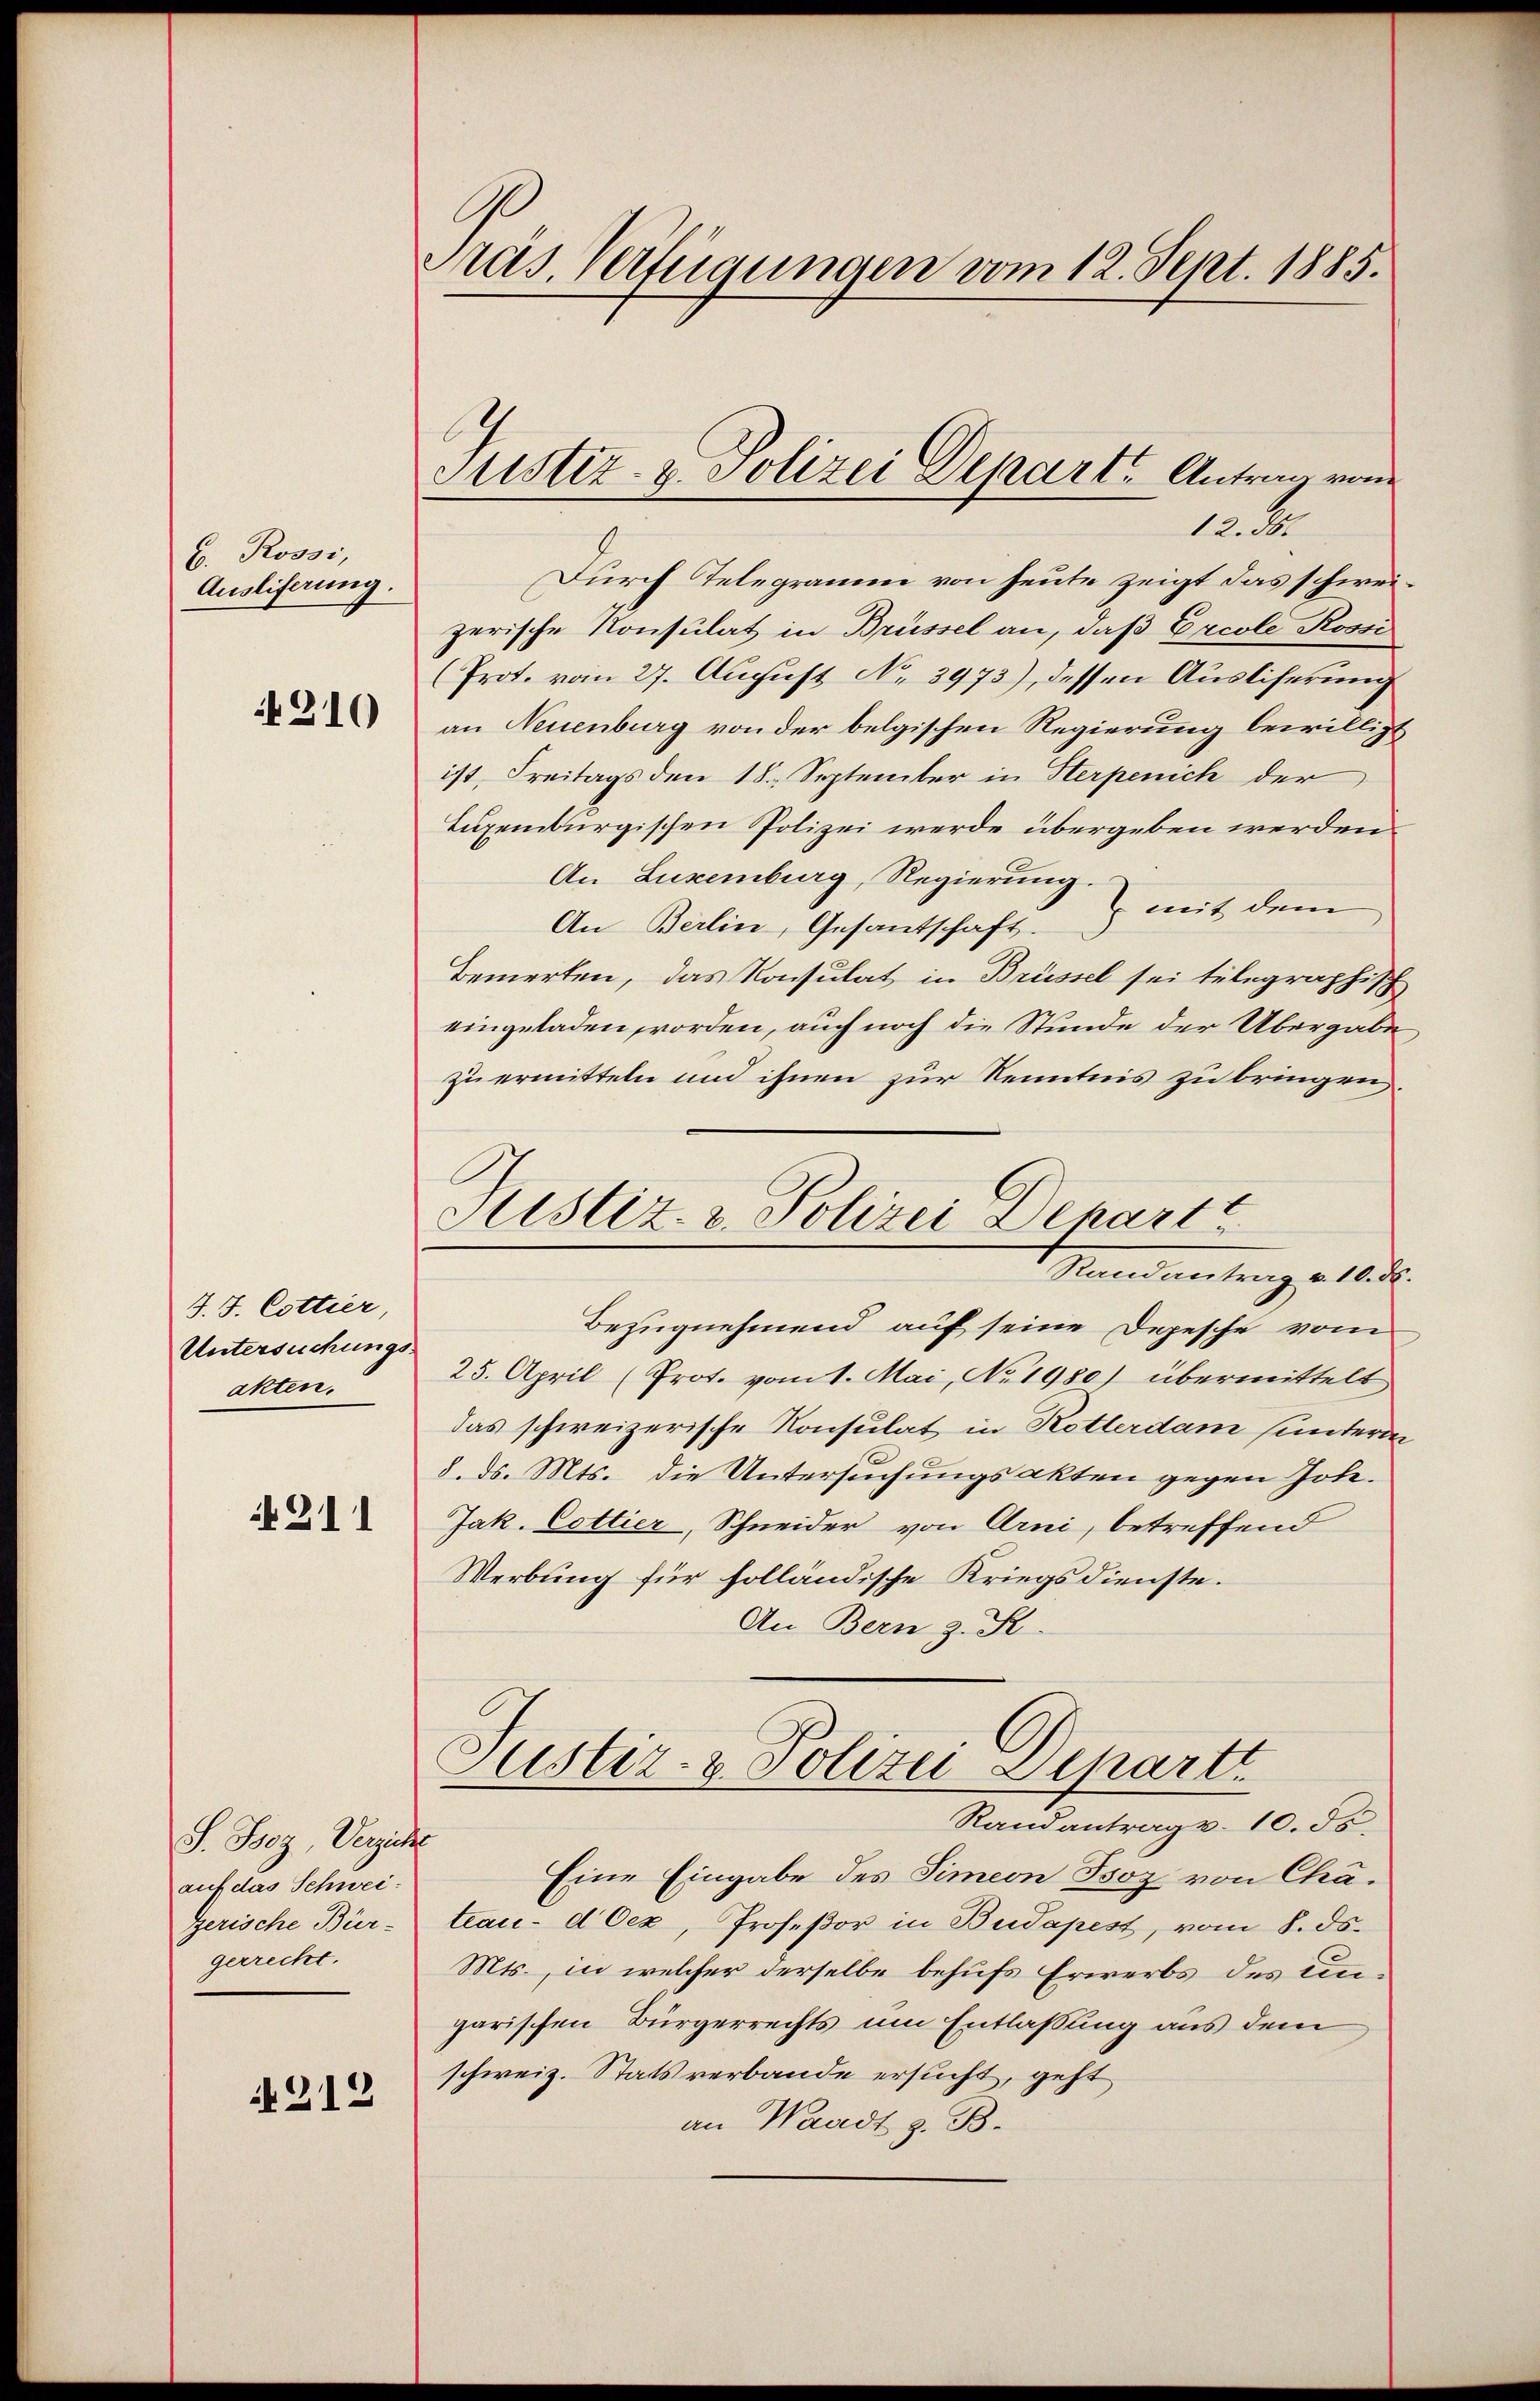
b. Rossi,
Ausliferung.
4210

J. J. Cottier,
Untersuchungs-
akten.

N 211

S. Psoz, Verzich
auf das Schwei¬
Zerische Bür-
gerrecht.

212

Präs. Verfügungen vom 12. Sept. 1885.

Durch Telegramm von heute zeigt das schweizerische Konsulat in Brüssel an, daß Ercole Rossi
(Prot. vom 27. August No. 3973), dessen Ausliferung
an Neuenburg von der belgischen Regierung bewilligt
ist, Freitags den 18. September in Herpenich der
Luxenburgischen Polizei werde übergeben werden.
An Luxenburg, Regierung.
An Berlin, Gesantschaft & mit dem
Bemerken, das Konsulat in Brüssel sei telegraphisch
eingeladen, worden, auch noch die Stunde der Übergabe,
zu ermitteln und ihnen zur Kenntnis zu bringen,
Bezugnehmend auf seine Depesche vom
25. April (Prot. vom 1. Mai, No. 1980) übermittelt
das schweizerische Konsulat in Rotterdam sunterin
8. ds. Mts. die Untersuchungsakten gegen Johe.
Jak. Cottier, Schneider von Arni, betreffend
Werbung für folländische Kriegsdienste.
An Bern z. St.
Justiz- & Polizei Depart
Randantrag v. 10. ds.
s
Eine Eingabe des Simeon Isoz von Chateau- d Oex, Profeßor in Budapest, vom 8. ds.
Mts., in welcher derselbe behufs Erwerbs des ungarischen Bürgerrechts um Entlassung aus dem
schweiz. Stats verbande ersucht, geht
an Waadt z. B.

Justiz- u. Polizei Depart. Antrag vom
13. F

Sistiz- & Polizei Depart
Stand vertrag v. 1858.